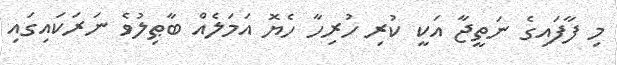
މި ފާފައިގެ ނަތީޖާ އަކީ ކުރި ހުރިހާ ހެޔޮ އަމަލެއް ބާޠިލުވެ ނަރަކައިގައި